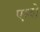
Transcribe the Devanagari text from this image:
एम्शे